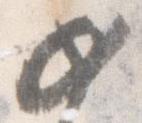
如